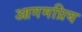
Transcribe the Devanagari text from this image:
आगमप्रिय